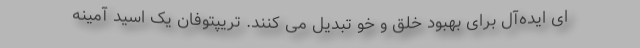
ای ایده‌آل برای بهبود خلق و خو تبدیل می کنند. تریپتوفان یک اسید آمینه